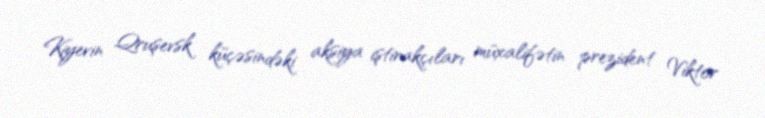
Kiyevin Qruşevsk küçəsindəki aksiya iştirakçıları müxalifətin prezident Viktor